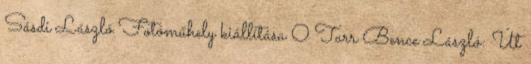
Sásdi László Fotóműhely kiállítása 0 Tarr Bence László: Út